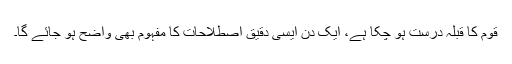
قوم کا قبلہ درست ہو چکا ہے، ایک دن ایسی دقیق اصطلاحات کا مفہوم بھی واضح ہو جائے گا۔